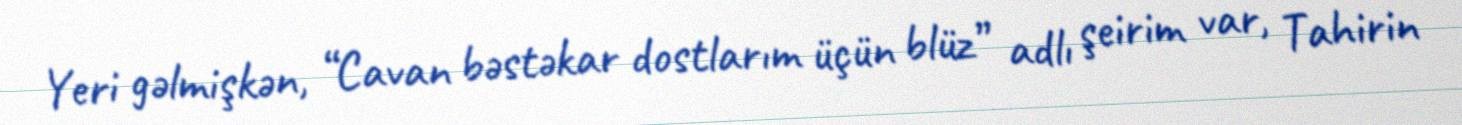
Yeri gəlmişkən, “Cavan bəstəkar dostlarım üçün blüz” adlı şeirim var, Tahirin